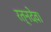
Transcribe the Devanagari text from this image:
रत्नदेव।